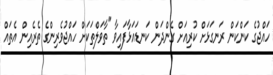
ހައްޖުގެ ކަންކަން ރަނގަޅަށް ކުރިއަށް ގެންދަން ކަނޑައަޅާފައިވާ "ތާވަލްތަކަށް ހައްޖުވެރިންގެ ތެރެއިން އެތައް